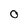
Character: O